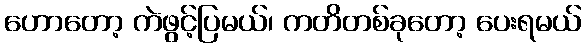
ဟောတော့ ကဲဖွင့်ပြမယ်၊ ကတိတစ်ခုတော့ ပေးရမယ်